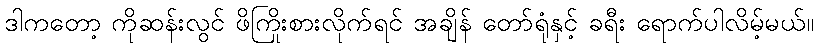
ဒါကတော့ ကိုဆန်းလွင် ဖိကြိုးစားလိုက်ရင် အချိန် တော်ရုံနှင့် ခရီး ရောက်ပါလိမ့်မယ်။